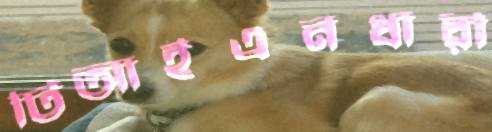
টিআইএনধারী